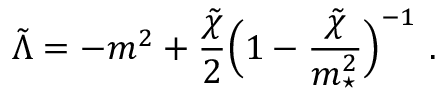
\tilde { \Lambda } = - m ^ { 2 } + { \frac { \tilde { \chi } } { 2 } } \Big ( 1 - { \frac { \tilde { \chi } } { m _ { \star } ^ { 2 } } } \Big ) ^ { - 1 } \ .